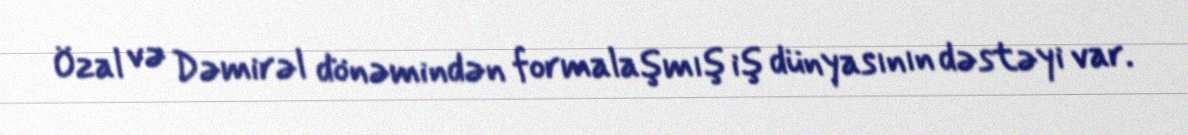
Özal və Dəmirəl dönəmindən formalaşmış iş dünyasının dəstəyi var.